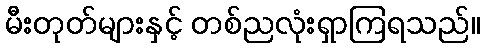
မီးတုတ်များနှင့် တစ်ညလုံးရှာကြရသည်။